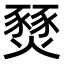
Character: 燹